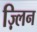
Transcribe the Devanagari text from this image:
ज़्लिन